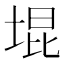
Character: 堒